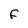
Character: F